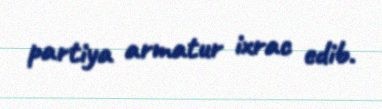
partiya armatur ixrac edib.